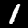
Label: 1